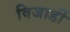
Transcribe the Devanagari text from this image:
विजार्डी